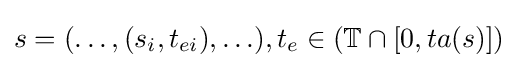
s=(\ldots ,(s_{i},t_{ei}),\ldots ),t_{e}\in (\mathbb {T} \cap [0,ta(s)])